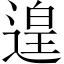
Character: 遑